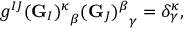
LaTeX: g ^ { I J } { ( { \bf G } _ { I } ) ^ { \kappa } } _ { \beta } { ( { \bf G } _ { J } ) ^ { \beta } } _ { \gamma } = \delta _ { \gamma } ^ { \kappa } ,